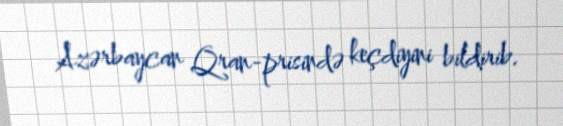
Azərbaycan Qran-prisində keçdiyini bildirib.